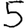
Digit: 5